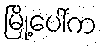
မြို့ပေါ်က